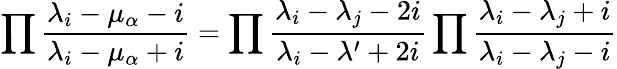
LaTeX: \prod{\frac{\lambda_{i}-\mu_{\alpha}-i}{\lambda_{i}-\mu_{\alpha}+i}}=\prod{\frac{\lambda_{i}-\lambda_{j}-2i}{\lambda_{i}-\lambda^{\prime}+2i}}\prod{\frac{\lambda_{i}-\lambda_{j}+i}{\lambda_{i}-\lambda_{j}-i}}